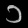
Digit: ၁